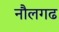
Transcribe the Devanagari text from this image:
नौलगढ